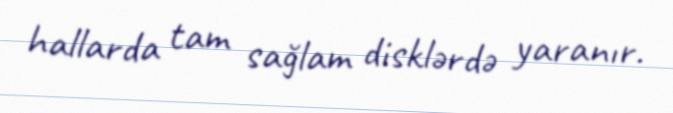
hallarda tam sağlam disklərdə yaranır.